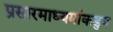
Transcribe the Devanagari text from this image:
प्रसारमाध्यमांकडुन